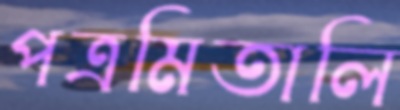
পত্রমিতালি